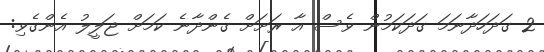
2 ގަދަހަދާނަމަ ގަދަކަމުން ވެސް އާ ރަށަށް ގެންދާނެ ކަމަށް ޖަލީލު އެންގެވި: